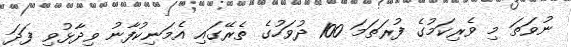
ނުވަތަ މި ވެރިކަމުގެ ފުރަތަމަ 100 ދުވަހުގެ ތެރޭގައި އެމަނިކުފާނު ވިދާޅުވި ފަދަ